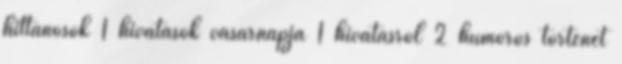
hittanosok 1 hivatások vasárnapja 1 hivatásról 2 humoros történet